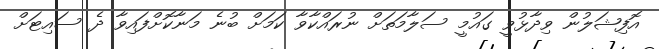
އޮފިޝަލުން ވިދާޅުވީ ގައުމީ ސަލާމަތަށް ނުރައްކާވާ ކަމަށް ބުނެ މަނާކޮށްފައިވާ ދެ ސައިޓަށް